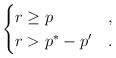
LaTeX: \begin{align*}\begin{cases}r\geq p&,\\r>p^*-p'&.\end{cases}\end{align*}